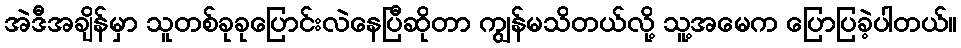
အဲဒီအချိန်မှာ သူတစ်ခုခုပြောင်းလဲနေပြီဆိုတာ ကျွန်မသိတယ်လို့ သူ့အမေက ပြောပြခဲ့ပါတယ်။